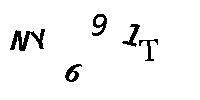
NY691T